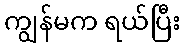
ကျွန်မက ရယ်ပြီး